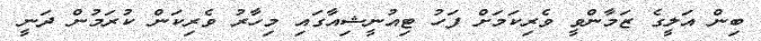
ބިން އަލީގެ ޒަމާންވީ ވެރިކަމަށް ފަހު ޓިއުނީޝިއާގައި މިހާރު ވެރިކަން ކުރަމުން ދަނީ